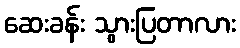
ဆေးခန်း သွားပြတာလား